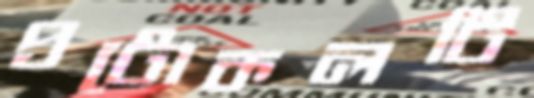
প্রটোকলটি